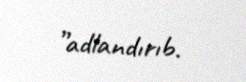
”adlandırıb.